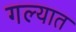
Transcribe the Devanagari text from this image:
गल्यात